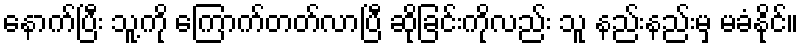
နောက်ပြီး သူ့ကို ကြောက်တတ်လာပြီ ဆိုခြင်းကိုလည်း သူ နည်းနည်းမှ မခံနိုင်။